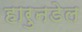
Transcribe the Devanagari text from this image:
हारुनडेल